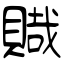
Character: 賳